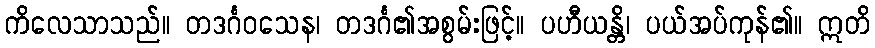
ကိလေသာသည်။ တဒင်္ဂဝသေန၊ တဒင်္ဂ၏အစွမ်းဖြင့်။ ပဟီယန္တိ၊ ပယ်အပ်ကုန်၏။ ဣတိ